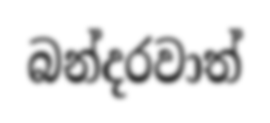
බන්දරවාත්